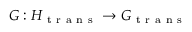
G : H _ { \mathrm { ~ t ~ r ~ a ~ n ~ s ~ } } \to G _ { \mathrm { ~ t ~ r ~ a ~ n ~ s ~ } }